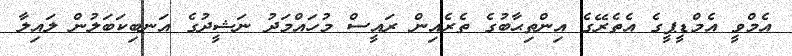
އެމްވީ އެމްޑީޕީގެ އެތެރޭގެ އިންތިޙާބުގެ ތެރެއިން ރައީސް މުހައްމަދު ނަޝީދުގެ އަނބިކަބަލުން ލައިލާ